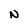
Character: N